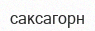
саксагорн